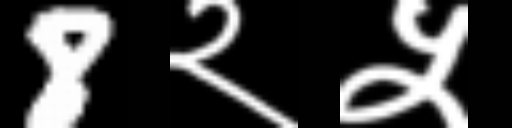
Text: 8२५